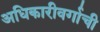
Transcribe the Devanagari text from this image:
अधिकारीवर्गाची